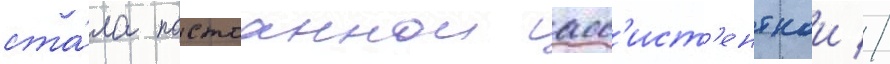
ста́ла постоаннои асс'ист'енткои //